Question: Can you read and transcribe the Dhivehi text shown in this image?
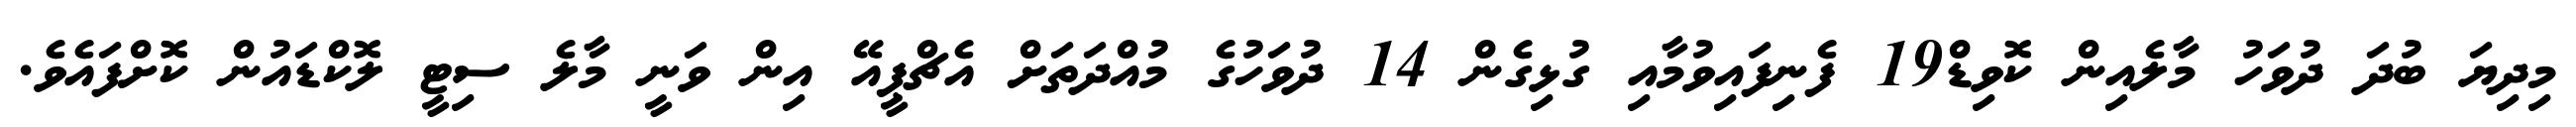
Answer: މިދިޔަ ބުދަ ދުވަހު މާލެއިން ކޮވިޑް19 ފެނިފައިވުމާއި ގުޅިގެން 14 ދުވަހުގެ މުއްދަތަށް އެޗްޕީއޭ އިން ވަނީ މާލެ ސިޓީ ލޮކްޑައުން ކޮށްފައެވެ.